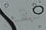
لقد